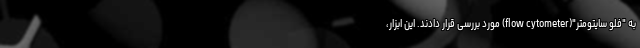
به "فلو سایتومتر"(flow cytometer) مورد بررسی قرار دادند. این ابزار،